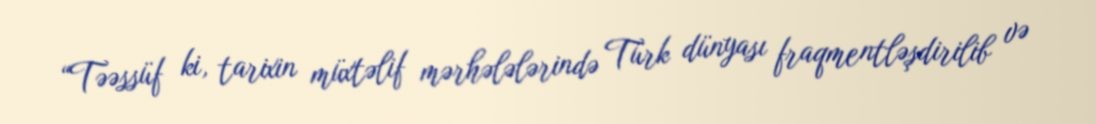
“Təəssüf ki, tarixin müxtəlif mərhələlərində Türk dünyası fraqmentləşdirilib və